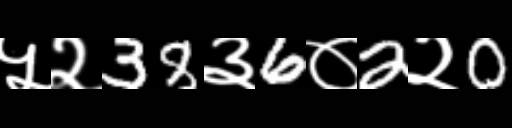
Text: ५२38३6०2२0